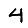
Digit: 4